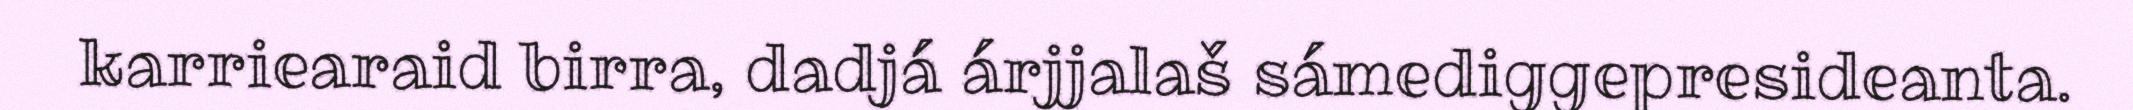
karriearaid birra, dadjá árjjalaš sámediggepresideanta.